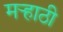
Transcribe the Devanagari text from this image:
मर्‍हाठी